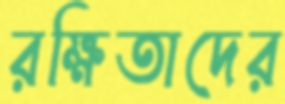
রক্ষিতাদের